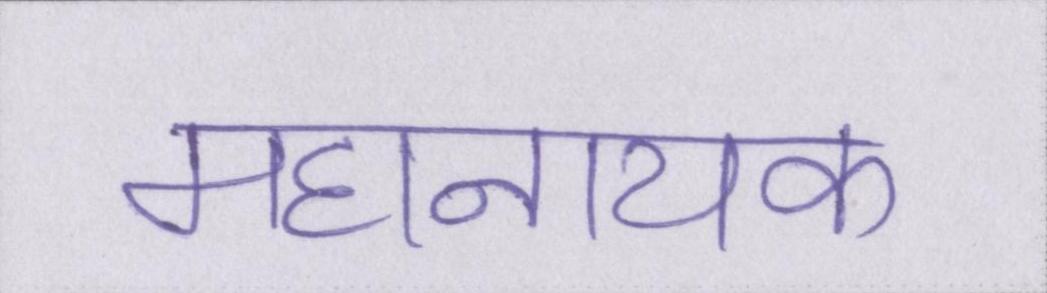
महानायक